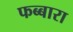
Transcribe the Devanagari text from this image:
फब्बारा